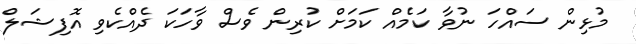
މުޅިން ސައްހަ ނުވާ ކަމެއް ކަމަށް ކުރިން ވެސް ވާހަކަ ދެއްކެވި އޮފިޝަލް